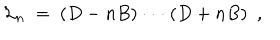
{ \cal L } _ { n } \ = \ ( D - n B ) \cdot \cdot \cdot ( D + n B ) \ \ ,